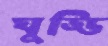
ঘুড্ডি